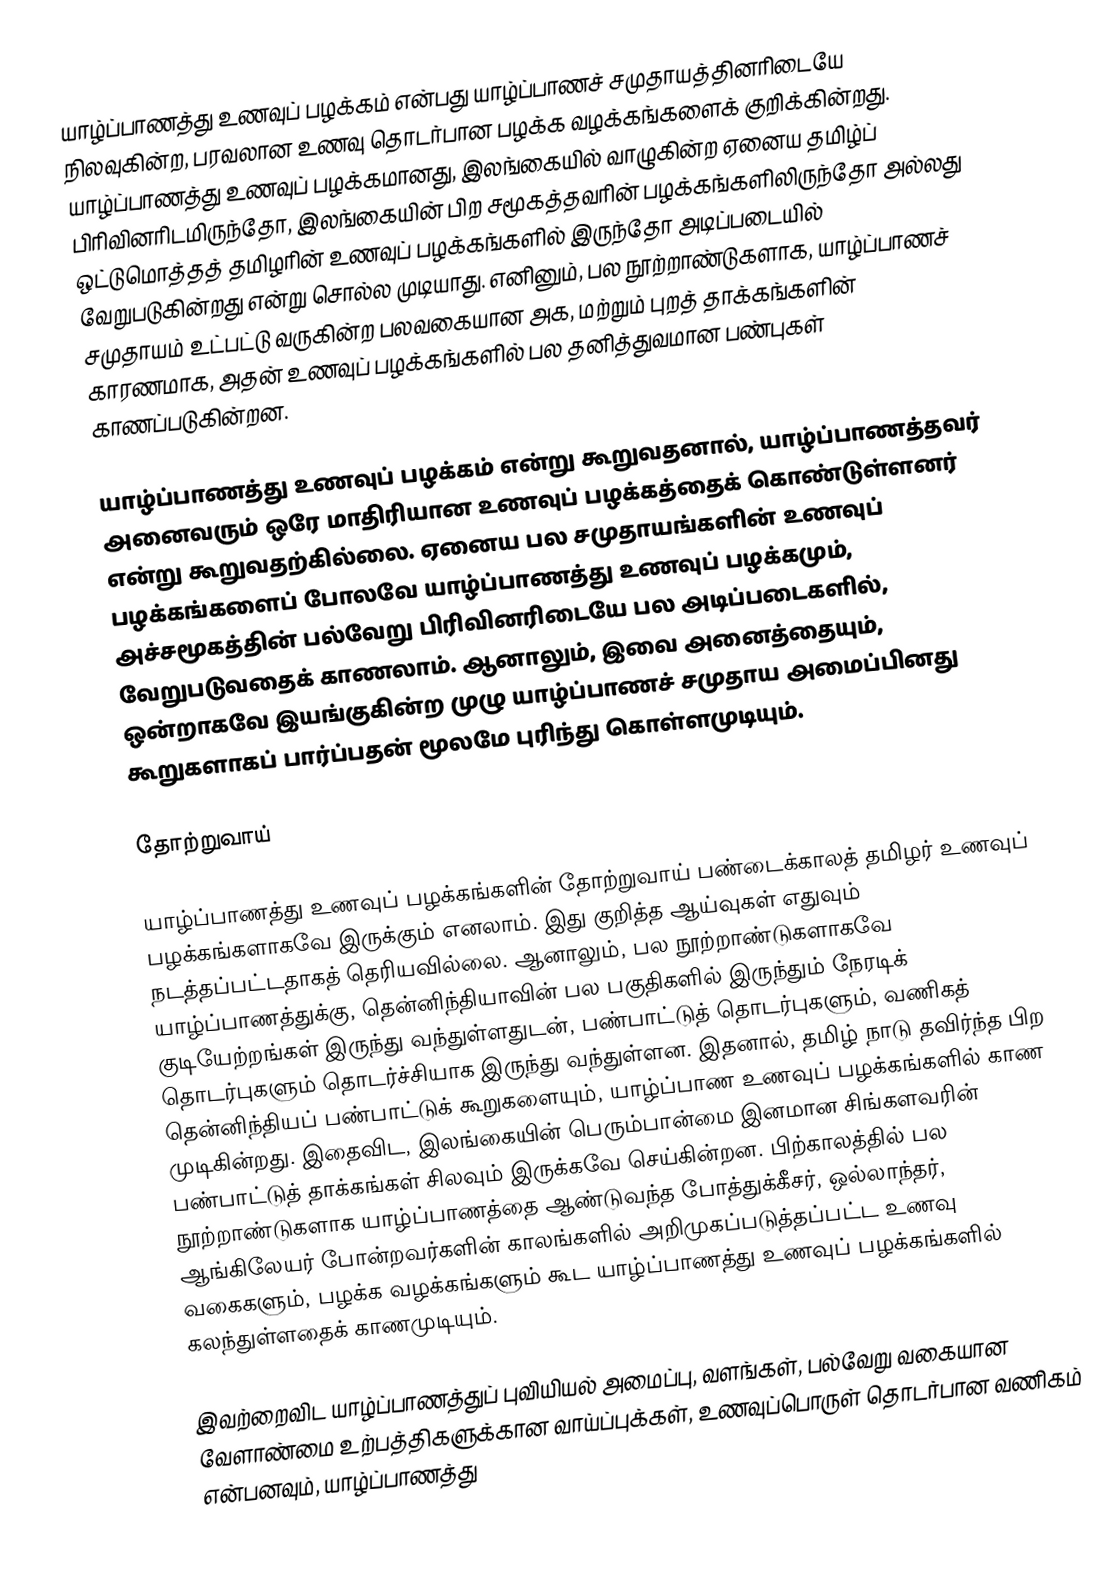
யாழ்ப்பாணத்து உணவுப் பழக்கம் என்பது யாழ்ப்பாணச் சமுதாயத்தினரிடையே நிலவுகின்ற, பரவலான உணவு தொடர்பான பழக்க வழக்கங்களைக் குறிக்கின்றது. யாழ்ப்பாணத்து உணவுப் பழக்கமானது, இலங்கையில் வாழுகின்ற ஏனைய தமிழ்ப் பிரிவினரிடமிருந்தோ, இலங்கையின் பிற சமூகத்தவரின் பழக்கங்களிலிருந்தோ அல்லது ஒட்டுமொத்தத் தமிழரின் உணவுப் பழக்கங்களில் இருந்தோ அடிப்படையில் வேறுபடுகின்றது என்று சொல்ல முடியாது. எனினும், பல நூற்றாண்டுகளாக, யாழ்ப்பாணச் சமுதாயம் உட்பட்டு வருகின்ற பலவகையான அக, மற்றும் புறத் தாக்கங்களின் காரணமாக, அதன் உணவுப் பழக்கங்களில் பல தனித்துவமான பண்புகள் காணப்படுகின்றன.

யாழ்ப்பாணத்து உணவுப் பழக்கம் என்று கூறுவதனால், யாழ்ப்பாணத்தவர் அனைவரும் ஒரே மாதிரியான உணவுப் பழக்கத்தைக் கொண்டுள்ளனர் என்று கூறுவதற்கில்லை. ஏனைய பல சமுதாயங்களின் உணவுப் பழக்கங்களைப் போலவே யாழ்ப்பாணத்து உணவுப் பழக்கமும், அச்சமூகத்தின் பல்வேறு பிரிவினரிடையே பல அடிப்படைகளில், வேறுபடுவதைக் காணலாம். ஆனாலும், இவை அனைத்தையும், ஒன்றாகவே இயங்குகின்ற முழு யாழ்ப்பாணச் சமுதாய அமைப்பினது கூறுகளாகப் பார்ப்பதன் மூலமே புரிந்து கொள்ளமுடியும்.

தோற்றுவாய்

யாழ்ப்பாணத்து உணவுப் பழக்கங்களின் தோற்றுவாய் பண்டைக்காலத் தமிழர் உணவுப் பழக்கங்களாகவே இருக்கும் எனலாம். இது குறித்த ஆய்வுகள் எதுவும் நடத்தப்பட்டதாகத் தெரியவில்லை. ஆனாலும், பல நூற்றாண்டுகளாகவே யாழ்ப்பாணத்துக்கு, தென்னிந்தியாவின் பல பகுதிகளில் இருந்தும் நேரடிக் குடியேற்றங்கள் இருந்து வந்துள்ளதுடன், பண்பாட்டுத் தொடர்புகளும், வணிகத் தொடர்புகளும் தொடர்ச்சியாக இருந்து வந்துள்ளன. இதனால், தமிழ் நாடு தவிர்ந்த பிற தென்னிந்தியப் பண்பாட்டுக் கூறுகளையும், யாழ்ப்பாண உணவுப் பழக்கங்களில் காண முடிகின்றது. இதைவிட, இலங்கையின் பெரும்பான்மை இனமான சிங்களவரின் பண்பாட்டுத் தாக்கங்கள் சிலவும் இருக்கவே செய்கின்றன. பிற்காலத்தில் பல நூற்றாண்டுகளாக யாழ்ப்பாணத்தை ஆண்டுவந்த போத்துக்கீசர், ஒல்லாந்தர், ஆங்கிலேயர் போன்றவர்களின் காலங்களில் அறிமுகப்படுத்தப்பட்ட உணவு வகைகளும், பழக்க வழக்கங்களும் கூட யாழ்ப்பாணத்து உணவுப் பழக்கங்களில் கலந்துள்ளதைக் காணமுடியும்.

இவற்றைவிட யாழ்ப்பாணத்துப் புவியியல் அமைப்பு, வளங்கள், பல்வேறு வகையான வேளாண்மை உற்பத்திகளுக்கான வாய்ப்புக்கள், உணவுப்பொருள் தொடர்பான வணிகம் என்பனவும், யாழ்ப்பாணத்து